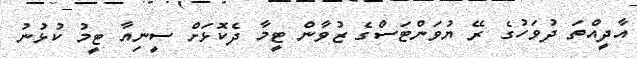
އާދީއްތަ ދުވަހުގެ ރޭ ޔުވަންޓަސްގެ ޒުވާން ޓީމާ ދެކޮޅަށް ސީނިއާ ޓީމު ކުޅުނު